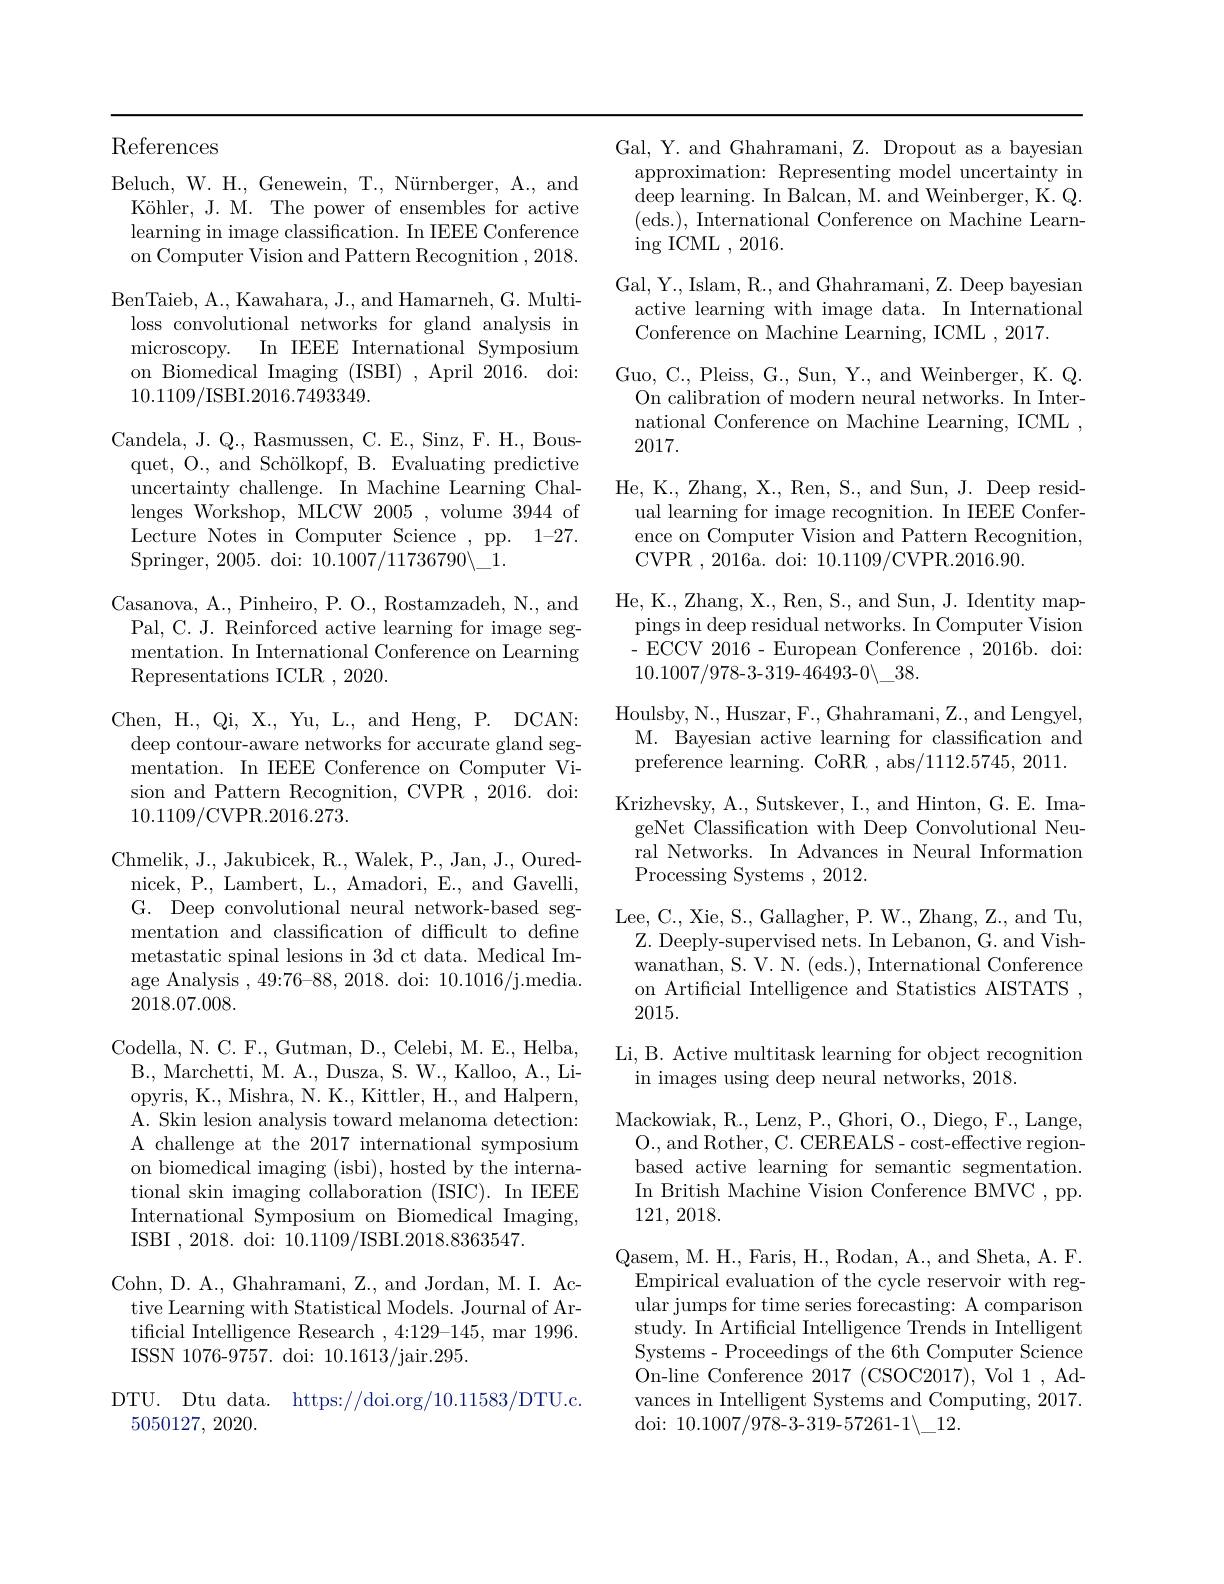
References

Beluch, W. H., Genewein, T., Nürnberger, A., and
Köhler, J. M. The power of ensembles for active learning in image classification. In IEEE Conference on Computer Vision and Pattern Recognition ,2018. BenTaieb, A., Kawahara, J., and Hamarneh, G. Multiloss convolutional networks for gland analysis in microscopy. In IEEE International Symposium on Biomedical Imaging (ISBI) , April 2016. doi: 10.1109/ISBI.2016.7493349.
Candela, J. Q., Rasmussen, C. E., Sinz, F. H., Bousquet, O., and Schölkopf, B. Evaluating predictive uncertainty challenge. In Machine Learning Challenges Workshop, MLCW 2005 , volume 3944 of Lecture Notes in Computer Science , pp. 1- 27. Springer, 2005. doi: $10.1007/11736790\backslash_{-}1.$
Casanova, A., Pinheiro, P. O., Rostamzadeh, N., and Pal, C. J. Reinforced active learning for image segmentation. In International Conference on Learning Representations ICLR ,2020.
Chen, H., Qi, X., Yu, L., and Heng, P. DCAN: deep contour-aware networks for accurate gland segmentation. In IEEE Conference on Computer Vision and Pattern Recognition, CVPR , 2016. doi: 10.1109/CVPR.2016.273.
Chmelik, J. , Jakubicek, R. , Walek, P. , Jan, J. , Oured- nicek, P., Lambert, L., Amadori, E., and Gavelli, G. Deep convolutional neural network-based seg-

mentation and classification of difficult to define metastatic spinal lesions in 3d ct data. Medical Image Analysis , 49:76-88, 2018. doi: 10.1016/j.media. 2018.07.008.

Codella, N. C. F., Gutman, D., Celebi, M. E., Helba,
B. , Marchetti, M. A. , Dusza, S. W. , Kalloo, A. , Li- opyris, K., Mishra, N. K., Kittler, H., and Halpern, A. Skin lesion analysis toward melanoma detection: A challenge at the 2017 international symposium on biomedical imaging (isbi), hosted by the international skin imaging collaboration (ISIC). In IEEE International Symposium on Biomedical Imaging, ISBI ,2018. doi: 10.1109/ISBI.2018.8363547.

Cohn, D. A., Ghahramani, Z., and Jordan, M. I. Active Learning with Statistical Models. Journal of Artificial Intelligence Research , 4:129-145, mar 1996. ISSN 1076-9757. doi: 10.1613/jair.295.

DTU. Dtu data. https://doi.org/10.11583/DTU.c.
5050127, 2020.

Gal, Y. and Ghahramani, Z. Dropout as a bayesian approximation: Representing model uncertainty in $\operatorname{deep}\operatorname{learning.}\operatorname{In}\operatorname{Balcan,}\operatorname{M.}\operatorname{and}\operatorname{Weinberger,}\operatorname{K.}\operatorname{Q.}$ (eds.),International Conference on Machine Learn- $\operatorname{ing}$ ICML ,2016.
Gal, Y., Islam, R., and Ghahramani, Z. Deep bayesian active learning with image data. In International Conference on Machine Learning, ICML ,2017.
Guo, C., Pleiss, G., Sun, Y., and Weinberger, K. Q.
On calibration of modern neural networks. In International Conference on Machine Learning, ICML , 2017.
He, K., Zhang, X., Ren, S., and Sun, J. Deep residual learning for image recognition. In IEEE Conference on Computer Vision and Pattern Recognition, CVPR ,2016a. doi: 10.1109/CVPR.2016.90.
He, K., Zhang, X., Ren, S., and Sun, J. Identity map-
pings in deep residual networks. In Computer Vision -ECCV2016-European Conference,2016b.doi: $10.1007/978-3-319-46493-0\backslash\_38.$
Houlsby, N., Huszar, F., Ghahramani, Z., and Lengyel, M. Bayesian active learning for classification and preference learning. CoRR , abs/1112.5745, 2011. Krizhevsky, A., Sutskever, I., and Hinton, G. E. ImageNet Classification with Deep Convolutional Neural Networks. In Advances in Neural Information Processing Systems ,2012.
Lee, C., Xie, S., Gallagher, P. W., Zhang, Z., and Tu, Z. Deeply-supervised nets. In Lebanon, G. and Vishwanathan, S. V. N. (eds.), International Conference on Artificial Intelligence and Statistics AISTATS , 2015.

# Li, B. Active multitask learning for object recognition in images using deep neural networks, 2018.

Mackowiak, R. , Lenz, P. , Ghori, O. , Diego, F. , Lange,
O., and Rother, C. CEREALS- cost-effective regionbased active learning for semantic segmentation. In British Machine Vision Conference BMVC , pp. 121, 2018.

Qasem, M. H., Faris, H., Rodan, A., and Sheta, A. F. Empirical evaluation of the cycle reservoir with regular jumps for time series forecasting: A comparison study. In Artificial Intelligence Trends in Intelligent Systems- Proceedings of the 6th Computer Science On-line Conference 2017 (CSOC2017), Vol 1 , Advances in Intelligent Systems and Computing, 2017. doi: 10.1007/978-3-319-57261-1$\backslash\_12.$